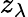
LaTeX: z_{\lambda}